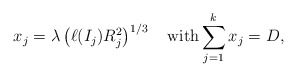
\begin{align*}x_j=\lambda\left(\ell(I_j)R_j^2\right)^{1/3}\quad\mbox{with}\sum_{j=1}^{k}x_j=D,\end{align*}